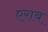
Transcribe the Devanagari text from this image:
एराब